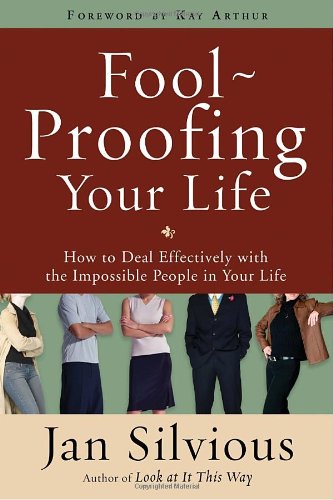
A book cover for Foolproofing Your Life: How to Deal Effectively with the Impossible People in Your Life; Jan Silvious; Parenting & Relationships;